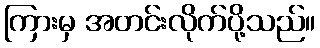
ကြားမှ အတင်းလိုက်ပို့သည်။